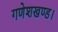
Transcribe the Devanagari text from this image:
गणेशखण्ड।